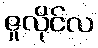
ဇူလိုင်လ